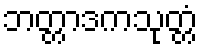
ဘတ္တာဒကသုတ္တံ